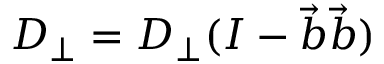
\boldsymbol { D } _ { \perp } = D _ { \perp } ( I - \Vec { b } \Vec { b } )